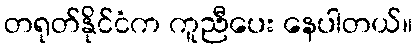
တရုတ်နိုင်ငံက ကူညီပေး နေပါတယ်။